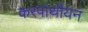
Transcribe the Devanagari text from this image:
करपाथीयन